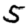
Digit: 5